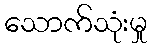
သောက်သုံးမှု